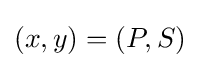
(x,y)=(P,S)